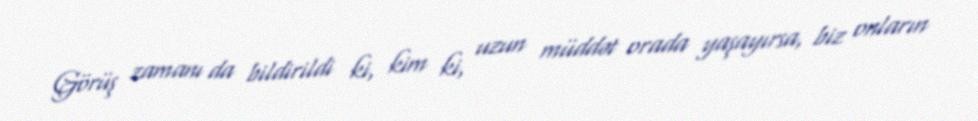
Görüş zamanı da bildirildi ki, kim ki, uzun müddət orada yaşayırsa, biz onların